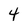
Character: 4